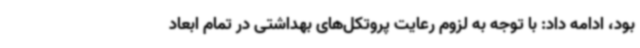
بود، ادامه داد: با توجه به لزوم رعایت پروتکل‌های بهداشتی در تمام ابعاد